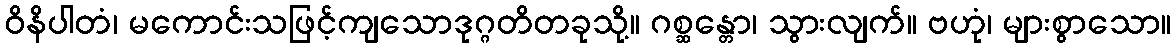
ဝိနိပါတံ၊ မကောင်းသဖြင့်ကျသောဒုဂ္ဂတိတခုသို့။ ဂစ္ဆန္တော၊ သွားလျက်။ ဗဟုံ၊ များစွာသော။